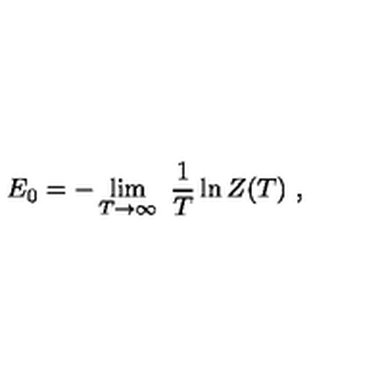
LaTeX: E _ { 0 } = - \lim _ { T \rightarrow \infty } \ { \frac { 1 } { T } } \ln Z ( T ) \ ,